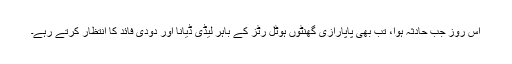
اس روز جب حادثہ ہوا، تب بھی پاپارازی گھنٹوں ہوٹل رٹز کے باہر لیڈی ڈیانا اور دودی فائد کا انتظار کرتے رہے۔